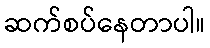
ဆက်စပ်နေတာပါ။